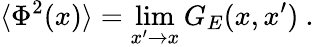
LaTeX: \langle\Phi^{2}(x)\rangle=\operatorname*{lim}_{x^{\prime}\to x}G_{E}(x,x^{\prime})\ .